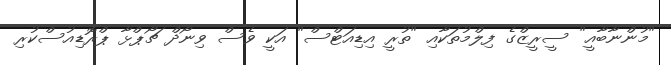
"މުންނާބާއީ" ސީރީޒްގެ ފިލްމުތަކާއި "ތުރީ އިޑިއަޓްސް" އަކީ ވެސް ވިނޯދް ޗޯޕްޅާ ޕްރޮޑިއުސްކުރި